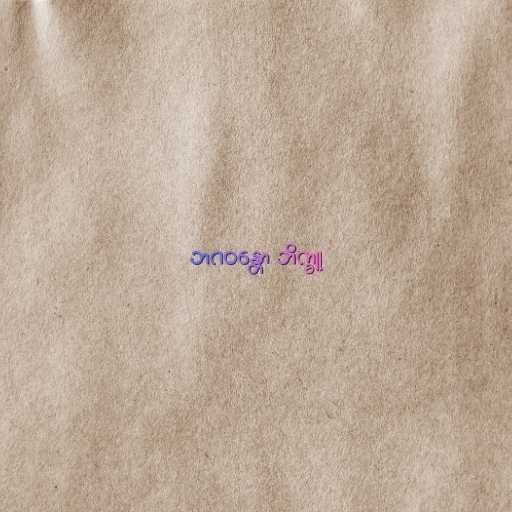
ဘဂဝန္တော ဘိက္ခူ